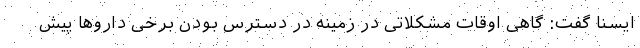
ایسنا گفت: گاهی اوقات مشکلاتی در زمینه در دسترس بودن برخی داروها پیش